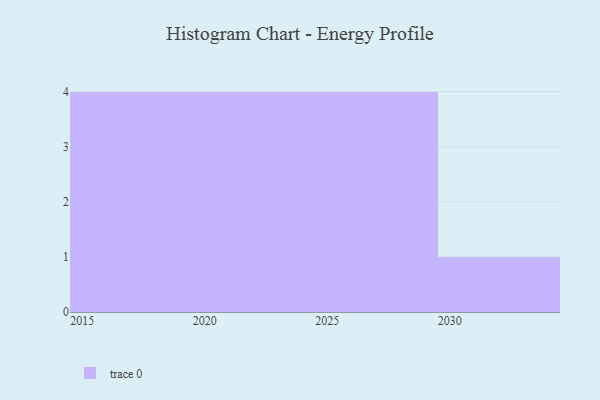
{"axis": {"x": "Year", "y": "Production Output"}, "legend": [""], "data": [{"x": "2028", "y": 19, "type": ""}, {"x": "2024", "y": 91, "type": ""}, {"x": "2020", "y": 14, "type": ""}, {"x": "2015", "y": 70, "type": ""}, {"x": "2017", "y": 24, "type": ""}, {"x": "2029", "y": 77, "type": ""}, {"x": "2030", "y": 64, "type": ""}, {"x": "2019", "y": 69, "type": ""}, {"x": "2026", "y": 60, "type": ""}, {"x": "2025", "y": 61, "type": ""}, {"x": "2023", "y": 84, "type": ""}, {"x": "2018", "y": 31, "type": ""}, {"x": "2022", "y": 84, "type": ""}]}